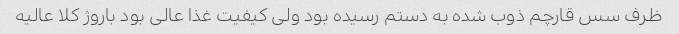
ظرف سس قارچم ذوب شده به دستم رسیده بود ولی کیفیت غذا عالی بود باروژ کلا عالیه